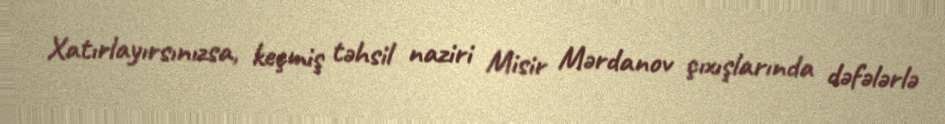
Xatırlayırsınızsa, keçmiş təhsil naziri Misir Mərdanov çıxışlarında dəfələrlə